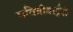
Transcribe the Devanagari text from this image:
सवित्रीबाईंनी